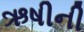
ઋષીની